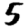
Digit: 5